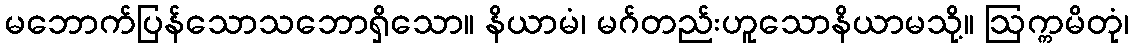
မဘောက်ပြန်သောသဘောရှိသော။ နိယာမံ၊ မဂ်တည်းဟူသောနိယာမသို့။ ဩက္ကမိတုံ၊